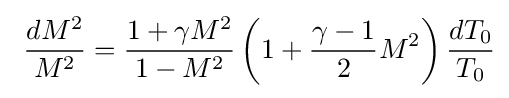
\ {\frac {dM^{2}}{M^{2}}}={\frac {1+\gamma M^{2}}{1-M^{2}}}\left(1+{\frac {\gamma -1}{2}}M^{2}\right){\frac {dT_{0}}{T_{0}}}